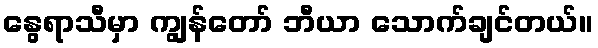
နွေရာသီမှာ ကျွန်တော် ဘီယာ သောက်ချင်တယ်။